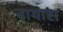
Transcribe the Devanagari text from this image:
नायास